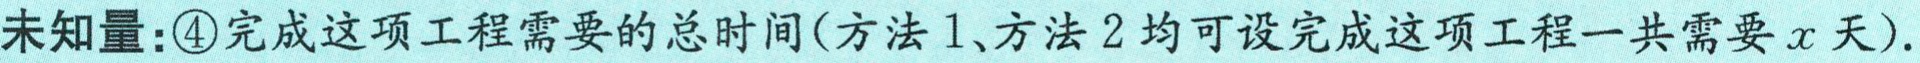
未知量：\textcircled{4}完成这项工程需要的总时间(方法1、方法2均可设完成这项工程一共需要\(x\)天).